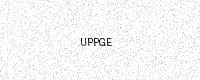
Text: UPPGE